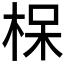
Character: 𪲖